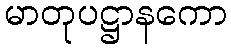
မာတုပဋ္ဌာနကော